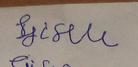
Signature authenticity: forged